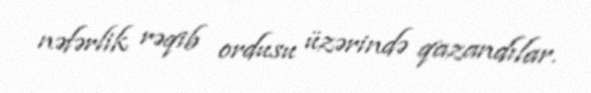
nəfərlik rəqib ordusu üzərində qazandılar.